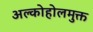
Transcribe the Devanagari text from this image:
अल्कोहोलमुक्त